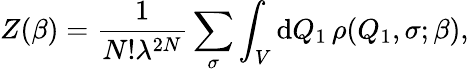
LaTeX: Z(\beta)=\frac{1}{N!\lambda^{2N}}\sum_{\sigma}\int_{V}{\mathrm{d}}Q_{1}\, \rho(Q_{1},\sigma;\beta),